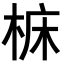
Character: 𪲝